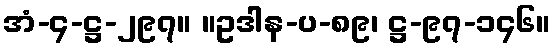
အံ-၄-ဋ္ဌ-၂၉၇။ ။ဥဒါန-ပ-၈၉၊ ဋ္ဌ-၉၇-၁၄၆။